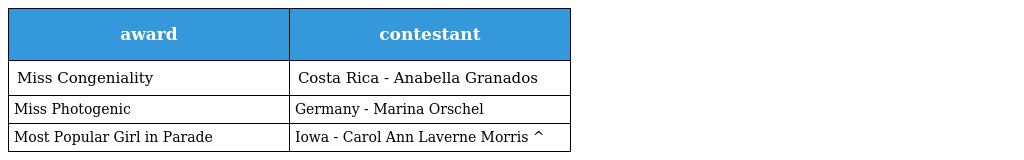
| award | contestant |
 | --- | --- |
 | Miss Congeniality | Costa Rica - Anabella Granados |
 | Miss Photogenic | Germany - Marina Orschel |
 | Most Popular Girl in Parade | Iowa - Carol Ann Laverne Morris ^ |